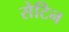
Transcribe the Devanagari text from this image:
सेटिन